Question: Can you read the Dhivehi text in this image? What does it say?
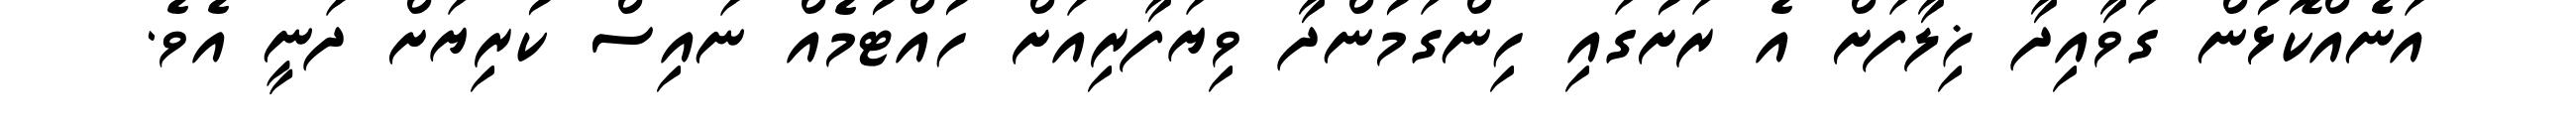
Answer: އަނެއްކޮޅުން ގަވާއިދާ ޚިލާފަށް އެ ރަށުގައި ހިންގަމުންދާ ވިޔަފާރިއަށް ހުއްޓުމެއް ނައިސް ކުރިޔަށް ދަނީ އެވެ.